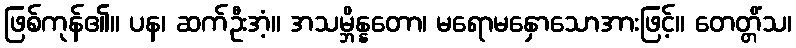
ဖြစ်ကုန်၏။ ပန၊ ဆက်ဦးအံ့။ အသမ္ဘိန္နတော၊ မရောမနှောသောအားဖြင့်။ တေတ္တိံသ၊